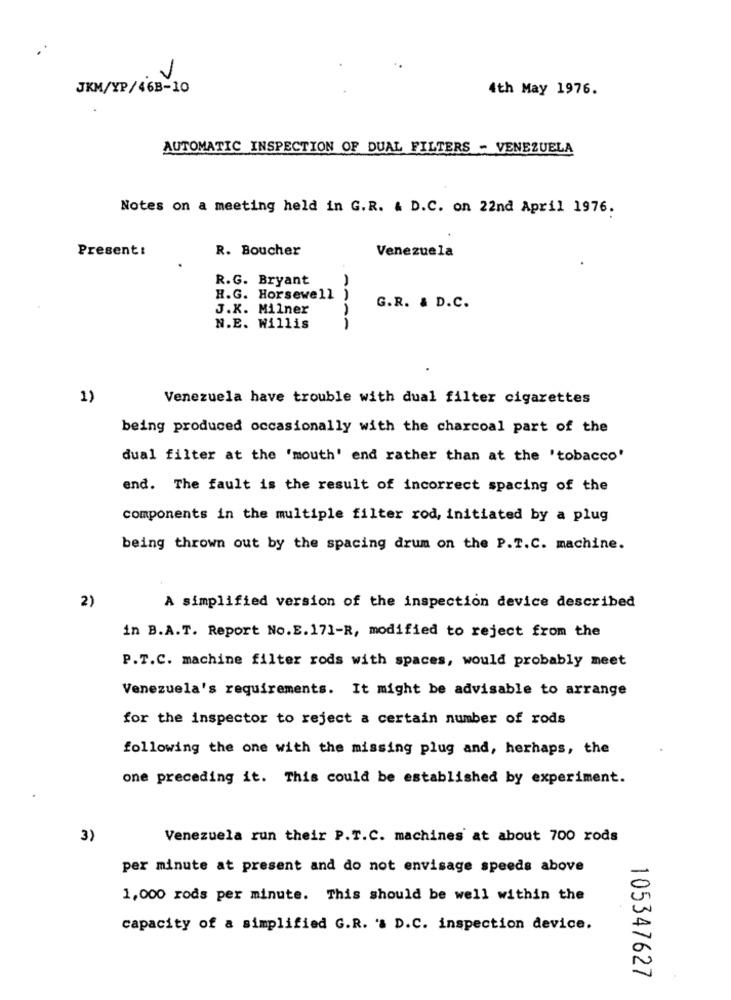
JKM/YP/46B-10
4th May 1976.
AUTOMATIC INSPECTION OF DUAL FILTERS - VENEZUELA
Notes on a meeting held in G.R. & D.C. on 22nd April 1976.
Present:
R. Boucher
Venezuela
R.G. Bryant
H.G. Horsewell )
J.K. Milner
G.R. & D.C.
N.E. Willis
AAAA
1)
Venezuela have trouble with dual filter cigarettes
being produced occasionally with the charcoal part of the
dual filter at the 'mouth' end rather than at the 'tobacco'
end. The fault is the result of incorrect spacing of the
components in the multiple filter rod, initiated by a plug
being thrown out by the spacing drum on the P.T.C. machine.
2)
A simplified version of the inspection device described
in B.A.T. Report No.E. 171-R, modified to reject from the
P.T.C. machine filter rods with spaces, would probably meet
Venezuela's requirements. It might be advisable to arrange
for the inspector to reject a certain number of rods
following the one with the missing plug and, herhaps, the
one preceding it. This could be established by experiment.
3)
Venezuela run their P.T.C. machines at about 700 rods
per minute at present and do not envisage speeds above
1,000 rods per minute. This should be well within the
capacity of a simplified G.R. 's D.C. inspection device.
105347627